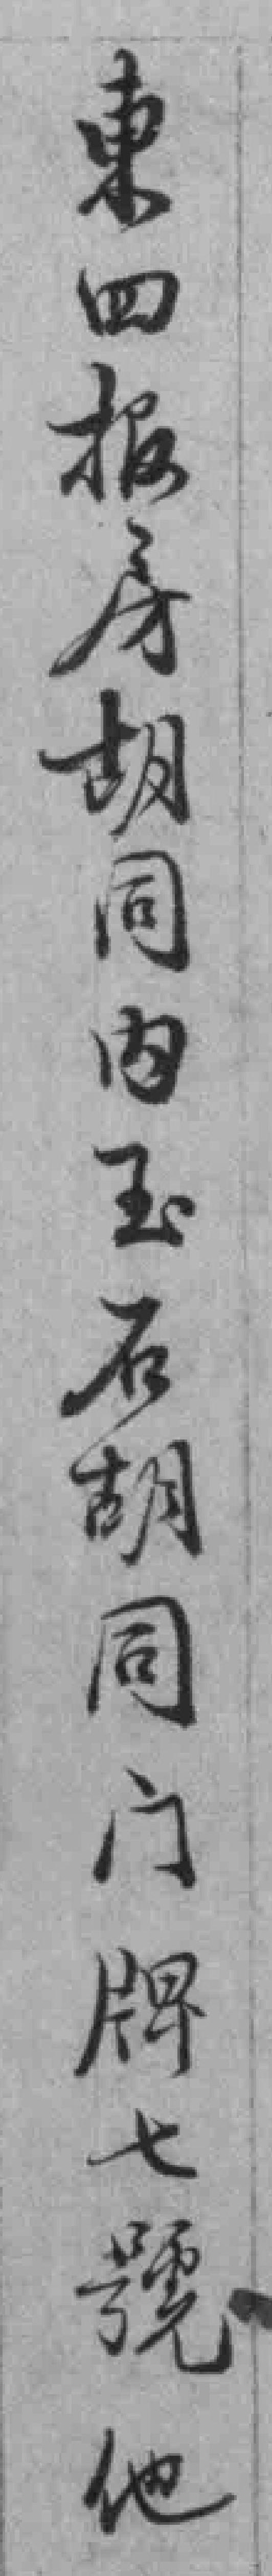
東四报房胡同内玉石胡同门牌七號他